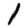
Digit: 1